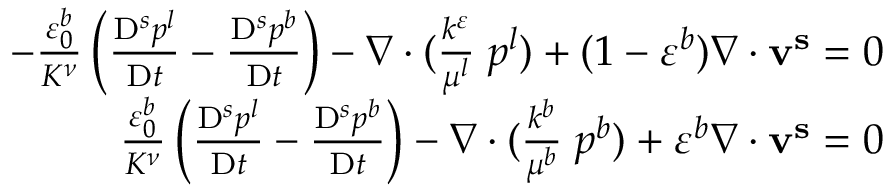
\begin{array} { r } { - \frac { \varepsilon _ { 0 } ^ { b } } { K ^ { \nu } } \left( \frac { \mathrm { D } ^ { s } p ^ { l } } { \mathrm { D } t } - \frac { \mathrm { D } ^ { s } p ^ { b } } { \mathrm { D } t } \right) - \nabla \cdot ( \frac { k ^ { \varepsilon } } { \mu ^ { l } } \mathbf { \nabla } p ^ { l } ) + ( 1 - \varepsilon ^ { b } ) \nabla \cdot \mathbf { v ^ { s } } = 0 } \\ { \frac { \varepsilon _ { 0 } ^ { b } } { K ^ { \nu } } \left( \frac { \mathrm { D } ^ { s } p ^ { l } } { \mathrm { D } t } - \frac { \mathrm { D } ^ { s } p ^ { b } } { \mathrm { D } t } \right) - \nabla \cdot ( \frac { k ^ { b } } { \mu ^ { b } } \mathbf { \nabla } p ^ { b } ) + \varepsilon ^ { b } \nabla \cdot \mathbf { v ^ { s } } = 0 } \end{array}